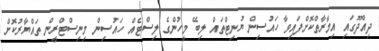
ދިއްދޫގައި އިމާރާތްކޮށްފައިވާ ހައުސިން ޔުނިޓްތައް ލިބޭ މީހުންގެ ލިސްޓެއް ހައުސިން މިނިސްޓްރީން ތައްޔާރުކޮށް